Medical and sanitary report on the native army of Bombay for the year
Year: 1878
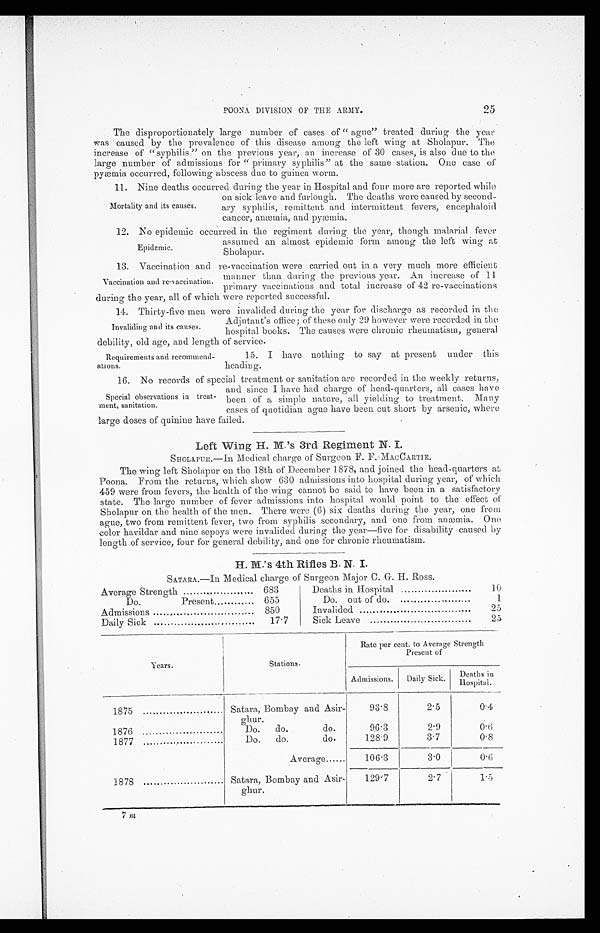
25
POONA DIVISION OF THE ARMY.
The disproportionately large number of cases of “ague” treated during the year
was caused by the prevalence of this disease among the left wing at Sholapur. The
increase of “syphilis ” on the previous year, an increase of 30 cases, is also due to the
large number of admissions for “ primary syphilis” at the same station. One case of
pyæmia occurred, following abscess due to guinea worm.
11. Nine deaths occurred during the year in Hospital and four more are reported while
Mortality and its causes.
on sick leave and furlough. The deaths were caused by second-
ary syphilis, remittent and intermittent fevers, encephaloid
cancer, anæmia, and pyæmia.
12. No epidemic occurred in the regiment during the year, though malarial fever
Epidemic.
assumed an almost epidemic form among the left wing at
Sholapur.
13.
13. Vaccination and re-vaccination were carried out in a very much more efficient
manner than during the previous year. An increase of 11
primary vaccinations and total increase of 42 re-vaccinations
duri ng t he year‚ al l of whi ch were report ed successful .
14. Thirty-five men were invalided during the year for discharge as recorded in the
Adjutant’s office ; of these only 29 however were recorded in the
hospital books. The causes were chronic rheumatism, general
debility, old age, and length of service.
Vaccination and re-vaccination.
Invaliding and its causes.
Requirements and recommend-
ations.
15. I have nothing to say at present under this
heading.
16. No records of special treatment or sanitation are recorded in the weekly returns,
and since I have had charge of head-quarters, all cases have
been of a simple nature, all yielding to treatment. Many
cases of quotidian ague have been cut short by arsenic, where
large doses of quinine have failed.
Left Wing H. M.’s 3rd Regiment N. I.
SHOLAPUR.—In Medical charge of Surgeon F. F. MACCARTIE.
The wing left Sholapur on the 18th of December 1878, and joined the head-quarters at
Poona. From the returns, which show 630 admissions into hospital during year, of which
459 were from fevers, the health of the wing cannot be said to have been in a satisfactory
state. The large number of fever admissions into hospital would point to the effect of
Sholapur on the health of the men. There were (6) six deaths during the year, one from
ague, two from remittent fever, two from syphilis secondary, and one from anæmia. One
color havildar and nine sepoys were invalided during the year—five for disability caused by
length of service, four for general debility, and one for chronic rheumatism.
H. M.’s 4th Rifles B. N. I.
S A TARA.—In Medical charge of Surgeon Major C. G. H. Ross.
Average Strength
683
Deaths in Hospital
10
Do.
Present
655
Do out of do.
.
1
Admissions
850
Invalided
2 5
Daily Sick
17.7
Sick Leave
25
Years.
Stations.
Rate per cent. to Average Strength
Present of
___
Admissions.
Daily Sick.
Deaths in
Hospital.
1875
Satara, Bombay and Asir-
ghur.
93.8
2.5
0.4
1876
Do.
do.
do.
96.3
2.9
0.6
1877
Do.
do.
do.
128.9
3.7
0.8
Average......
106.3
3.0
0.6
1878
Satara, Bombay and Asir-
ghur.
129.7
2.7
1.5
Special observations in treat-
ment, sanitation.
7
m